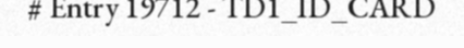
# Entry 19712 - TD1_ID_CARD